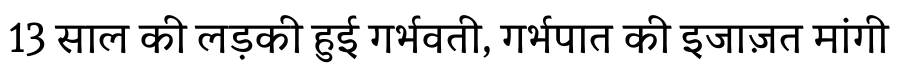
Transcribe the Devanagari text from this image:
13 साल की लड़की हुई गर्भवती, गर्भपात की इजाज़त मांगी